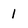
Character: 1